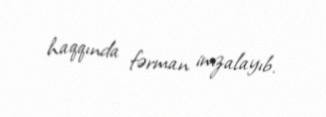
haqqında fərman imzalayıb.